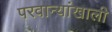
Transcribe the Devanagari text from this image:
परवान्यांखाली